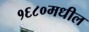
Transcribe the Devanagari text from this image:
१६८०मधील